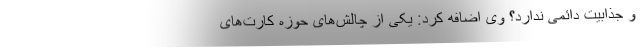
و جذابیت دائمی ندارد؟ وی اضافه کرد: یکی از چالش‌های حوزه کارت‌های